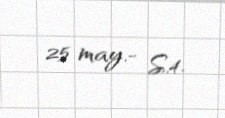
25 may.- S.4.